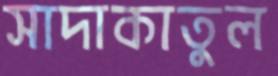
সাদাকাতুল